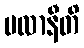
မလာနီတိ